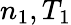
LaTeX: n_{1},T_{1}